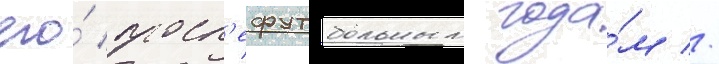
его́ посл'ефутбольным года́м //